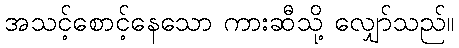
အသင့်စောင့်နေသော ကားဆီသို့ လျှော်သည်။